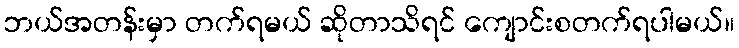
ဘယ်အတန်းမှာ တက်ရမယ် ဆိုတာသိရင် ကျောင်းစတက်ရပါမယ်။